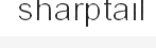
sharptail